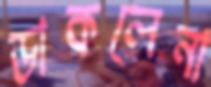
ডাকলেনা